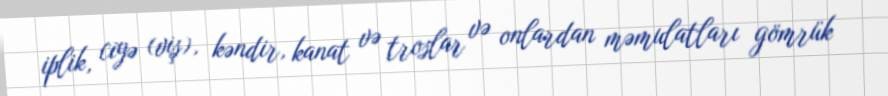
iplik, ciyə (viş), kəndir, kanat və troslar və onlardan məmulatları gömrük